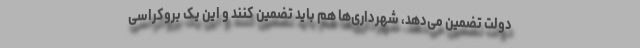
دولت تضمین می‌دهد، شهرداری‌ها هم باید تضمین کنند و این یک بروکراسی